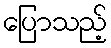
ပြောသည့်